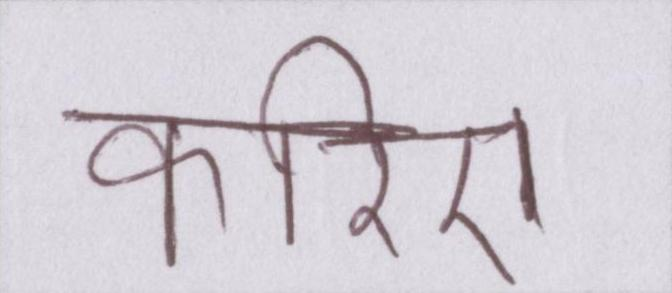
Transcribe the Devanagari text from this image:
करिए